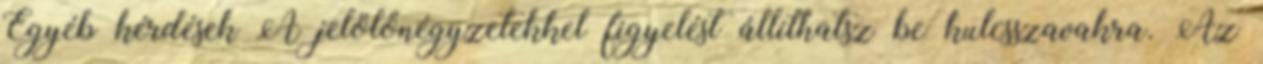
Egyéb kérdések A jelölőnégyzetekkel figyelést állíthatsz be kulcsszavakra. Az